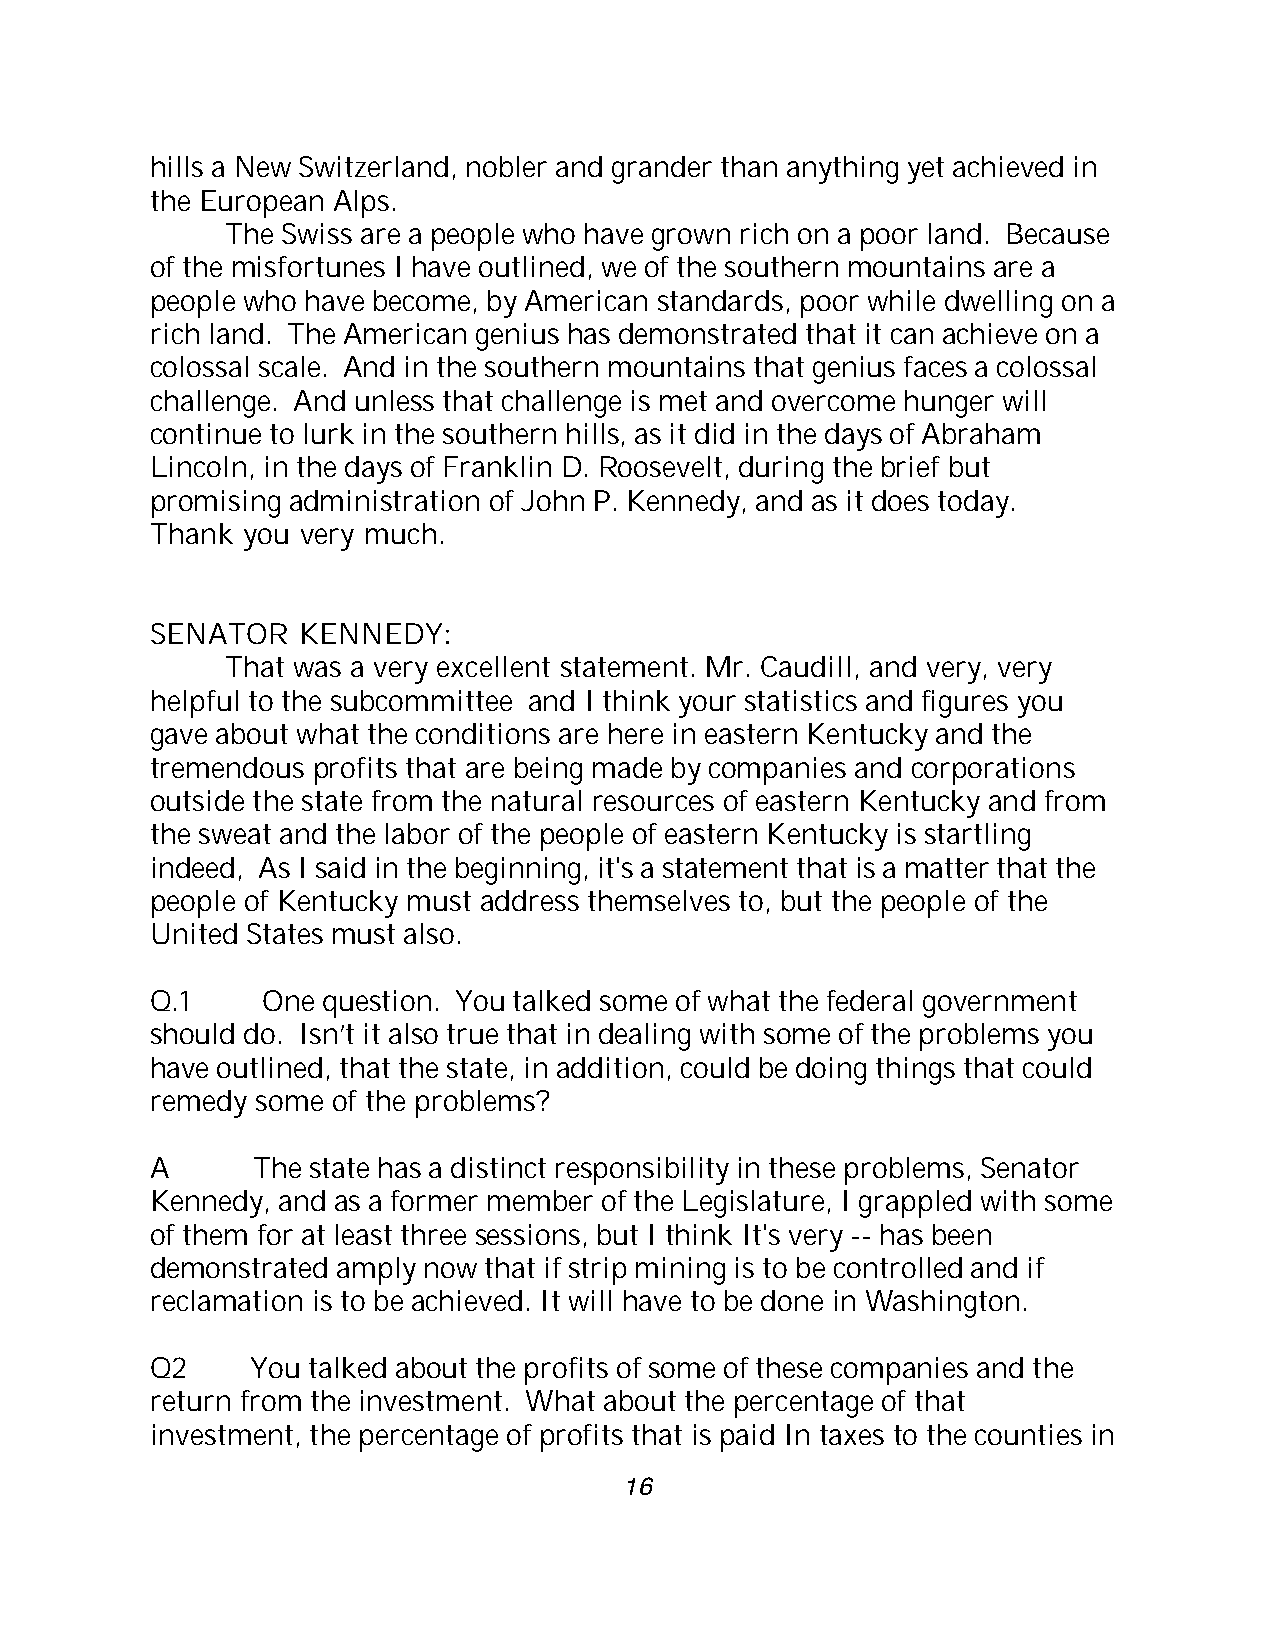
hills a New Switzerland, nobler and grander than anything yet achieved in
 the European Alps.
 The Swiss are a people who have grown rich on a poor land. Because
 of the misfortunes I have outlined, we of the southern mountains are a
 people who have become, by American standards, poor while dwelling on a
 rich land. The American genius has demonstrated that it can achieve on a
 colossal scale. And in the southern mountains that genius faces a colossal
 challenge. And unless that challenge is met and overcome hunger will
 continue to lurk in the southern hills, as it did in the days of Abraham
 Lincoln, in the days of Franklin D. Roosevelt, during the brief but
 promising administration of John P. Kennedy, and as it does today.
 Thank you very much.
 SENATOR   KENNEDY:
 That was a very excellent statement. Mr. Caudill, and very, very
 helpful to the subcommittee and I think your statistics and figures you
 gave about what the conditions are here in eastern Kentucky and the
 tremendous profits that are being made by companies and corporations
 outside the state from the natural resources of eastern Kentucky and from
 the sweat and the labor of the people of eastern Kentucky is startling
 indeed, As I said in the beginning, it's a statement that is a matter that the
 people of Kentucky must address themselves to, but the people of the
 United States must also.
 Q.1    One question. You talked some of what the federal government
 should do. Isn’t it also true that in dealing with some of the problems you
 have outlined, that the state, in addition, could be doing things that could
 remedy some of the problems?
 A      The state has a distinct responsibility in these problems, Senator
 Kennedy, and as a former member of the Legislature, I grappled with some
 of them for at least three sessions, but I think It's very -- has been
 demonstrated amply now that if strip mining is to be controlled and if
 reclamation is to be achieved. It will have to be done in Washington.
 Q2     You talked about the profits of some of these companies and the
 return from the investment. What about the percentage of that
 investment, the percentage of profits that is paid In taxes to the counties in
 16